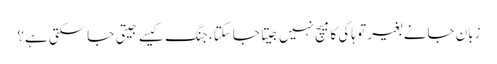
زبان جانے بغیر تو ہاکی کا میچ نہیں جیتا جاسکتا، جنگ کیسے جیتی جاسکتی ہے؟